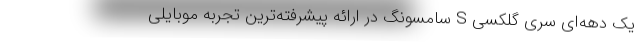
یک دهه‌ای سری گلکسی S سامسونگ در ارائه پیشرفته‌ترین تجربه موبایلی